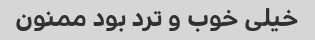
خیلی خوب و ترد بود ممنون